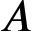
\b { A }